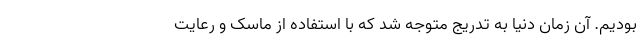
بودیم. آن زمان دنیا به تدریج متوجه شد که با استفاده از ماسک و رعایت